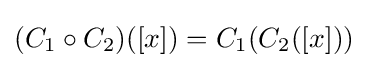
(C_{1}\circ C_{2})([x])=C_{1}(C_{2}([x]))